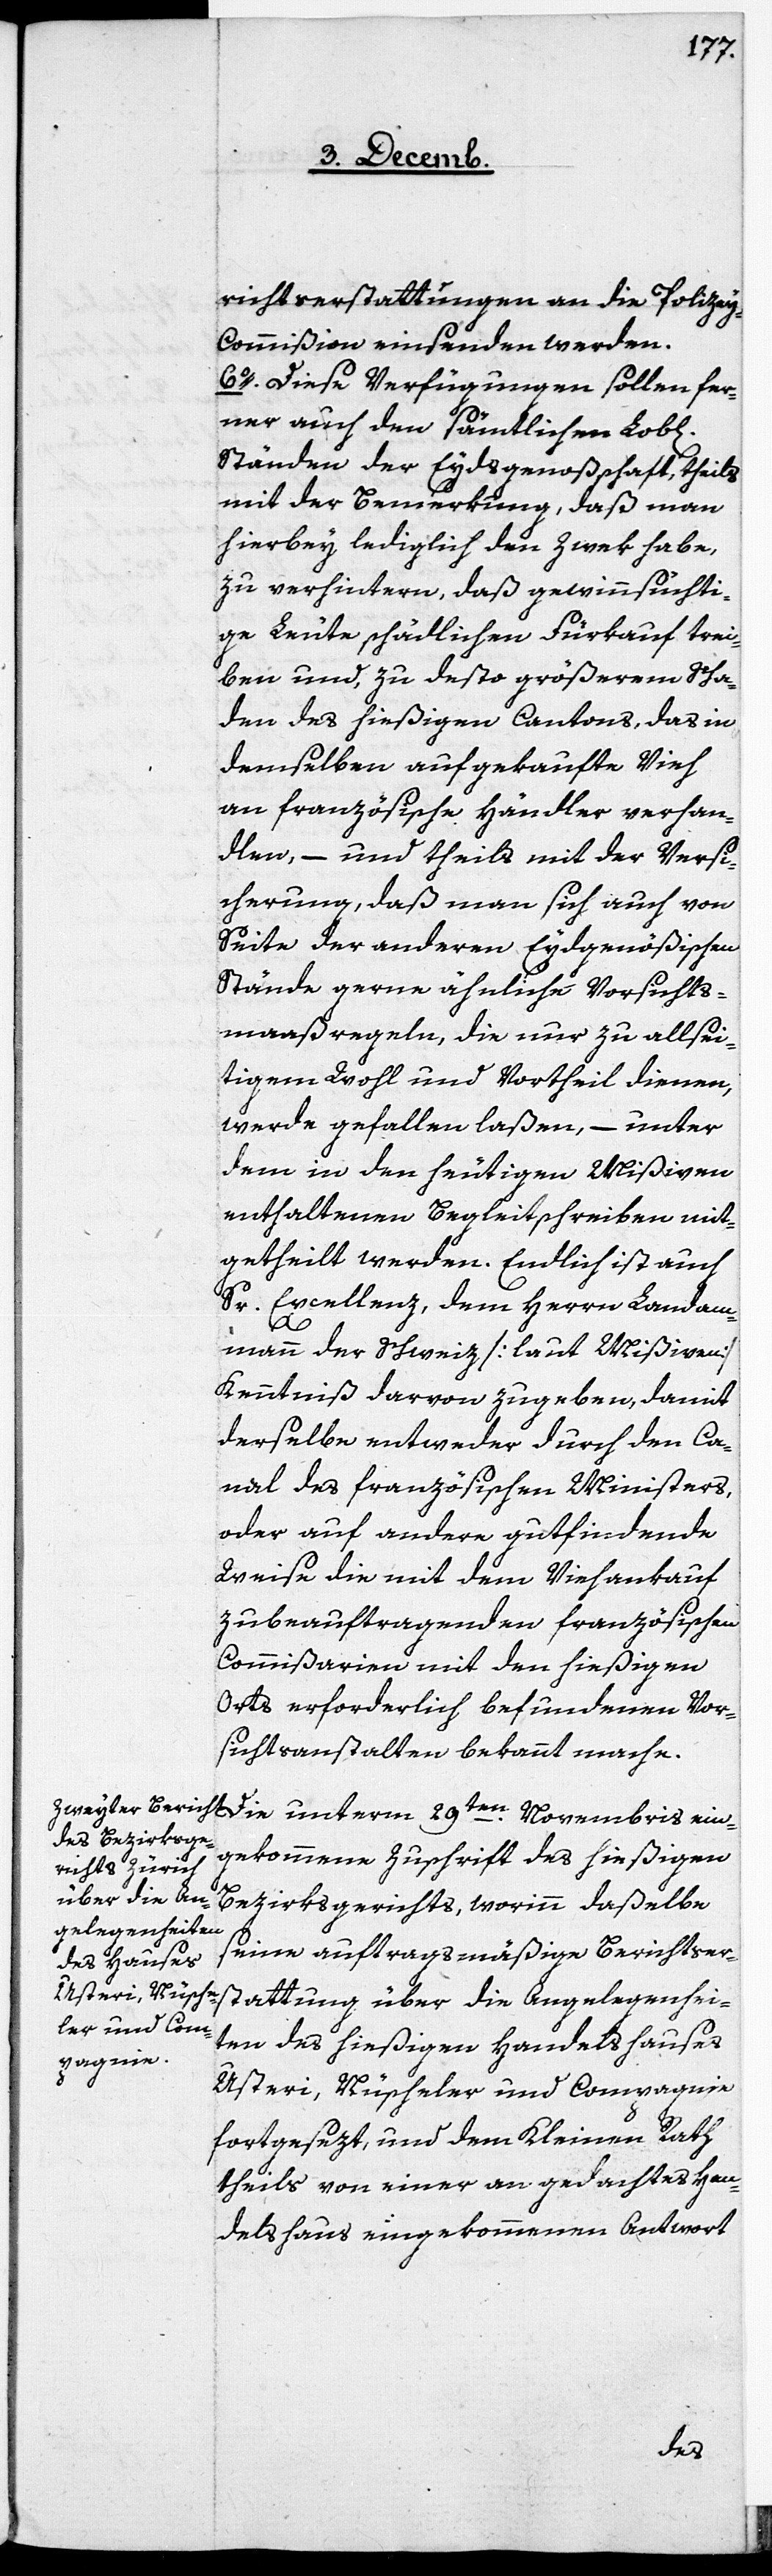
richtserstattungen an die Polize¬
y-Commißion einsenden werden.
6. Diese Verfügungen sollen fer¬
ner auch den sämtlichen Lobl[i¬
Ständen der Eydsgenoßenschaft, theils
mit der Bemerkung, daß man
hierbey lediglich den Zwek habe,
zu verhintern [sic!], daß gewinnsüchti¬
ge Leute schädlichen Fürkauf trei¬
ben und, zu desto größerem Scha¬
den des hießigen Cantons, das in
demselben aufgekaufte Vieh
an französische Händler verhan¬
dlen, – und theils mit der Versi¬
cherung, daß man sich auch von
Seite der anderen Eydgenößischen
Stände gerne ähnliche Vorsichts¬
maaßregeln, die nur zu allsei¬
tigem Wohl und Vortheil dienen,
werde gefallen laßen, – unter
dem in den heutigen Mißiven
enthaltenen Begleitschreiben mit¬
getheilt werden. Endlich ist auch
Sr. Excellenz, dem Herrn Landam¬
ein¬
mann der Schweiz [laut Mißiven]
Kenntniß darvon zugeben, damit
derselbe entweder durch den Ca¬
nal des französischen Ministers,
oder auf andere gutfindende
Weise die mit dem Viehankauf
zu beauftragenden französischen
Commißarien mit den hießigen
Orts erforderlich befundenen Vor¬
sichtsanstalten bekannt mache.
gekommene Zuschrift des hießigen
Bezirksgerichts, worinn daßelbe
seine auftragsmäßige Berichtser¬
stattung über die Angelegenhei¬
ten des hießigen Handelshauses
Usteri, Nüscheler und Compagnie
fortgesezt, und dem Kleinen Rath
theils von einer an gedachtes Han¬
delshaus eingekommenen Antwort